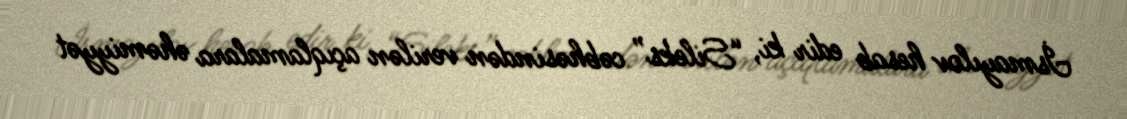
İsmayılov hesab edir ki, “Sileks” cəbhəsindən verilən açıqlamalara əhəmiyyət